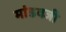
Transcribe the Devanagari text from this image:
मांडवजी